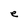
Character: e